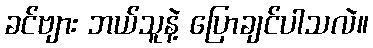
ခင်ဗျား ဘယ်သူနဲ့ ပြောချင်ပါသလဲ။